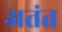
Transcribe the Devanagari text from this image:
अतंत